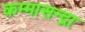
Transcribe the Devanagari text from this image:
कम्मासन्द्रा